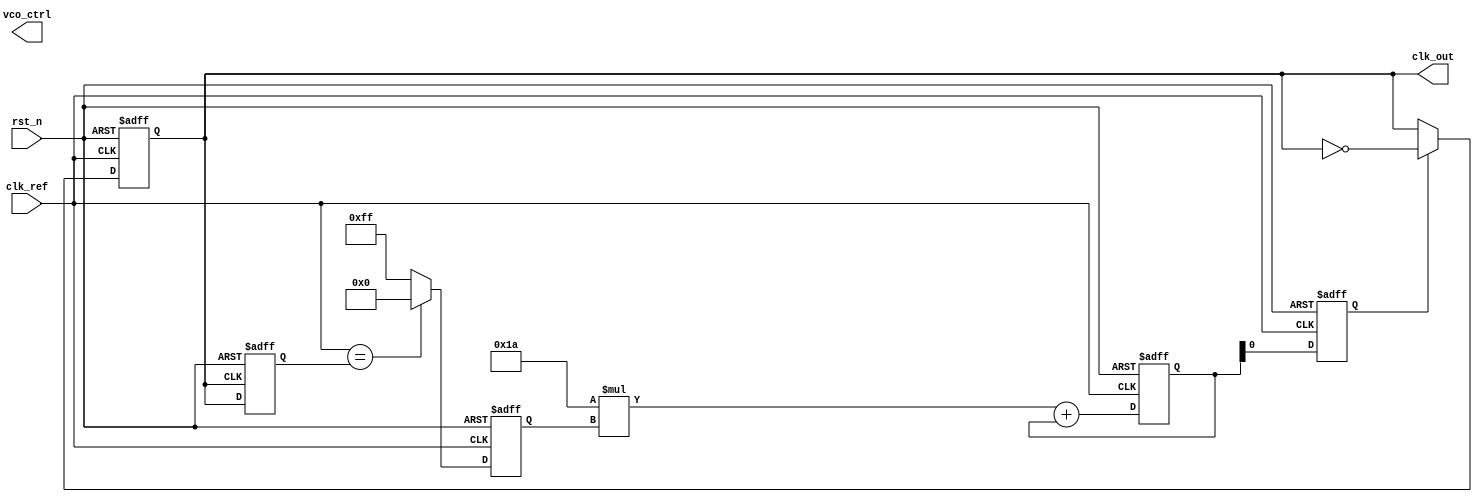
module MemoryBlocksPLL (
    input wire clk_ref,        // Reference clock input
    input wire rst_n,         // Active low reset
    output reg clk_out,       // Output clock
    output reg [7:0] vco_ctrl // Control voltage for VCO (for simulation purposes)
);

// Parameters
parameter DIV_FACTOR = 4; // Divider factor for feedback path
parameter LOOP_FILTER_GAIN = 8'h1A; // Gain for loop filter (example value)

// Internal signals
reg clk_feedback;            // Feedback clock signal
reg [7:0] phase_error;      // Phase error signal
reg [7:0] loop_filter_out;  // Output of the loop filter
reg [7:0] vco_freq;         // Frequency control for VCO

// Phase Detector (PD)
always @(posedge clk_ref or negedge rst_n) begin
    if (!rst_n) begin
        phase_error <= 8'b0;
    end else begin
        // Simple phase detector: calculate phase error
        // Assuming clk_feedback is derived from clk_out
        phase_error <= (clk_ref == clk_feedback) ? 8'h00 : 8'hFF; // Example phase error calculation
    end
end

// Loop Filter
always @(posedge clk_ref or negedge rst_n) begin
    if (!rst_n) begin
        loop_filter_out <= 8'b0;
    end else begin
        // Simple first-order loop filter
        loop_filter_out <= (LOOP_FILTER_GAIN * phase_error) + loop_filter_out;
    end
end

// Voltage-Controlled Oscillator (VCO)
always @(posedge clk_ref or negedge rst_n) begin
    if (!rst_n) begin
        vco_freq <= 8'b0;
        clk_out <= 1'b0;
    end else begin
        // Control VCO frequency based on loop filter output
        vco_freq <= loop_filter_out;

        // Generate output clock based on VCO frequency
        if (vco_freq[0]) begin
            clk_out <= ~clk_out; // Toggle clock output for simplicity
        end
    end
end

// Feedback Path
always @(posedge clk_out or negedge rst_n) begin
    if (!rst_n) begin
        clk_feedback <= 1'b0;
    end else begin
        // Divide the output clock for feedback
        clk_feedback <= clk_out; // For simplicity, feedback directly
        // In a real design, you would implement a divider here
    end
end

// Memory Blocks (for storing configurations)
reg [7:0] memory_block [0:15]; // Example memory block for storing parameters

// Example of writing to memory (could be controlled by an external signal)
always @(posedge clk_ref or negedge rst_n) begin
    if (!rst_n) begin
        memory_block[0] <= 8'b0; // Initialize memory block
    end else begin
        memory_block[0] <= loop_filter_out; // Store loop filter output in memory
    end
end

endmodule